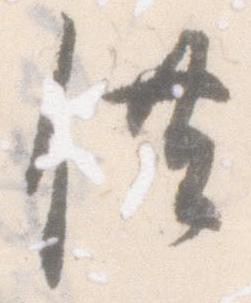
供